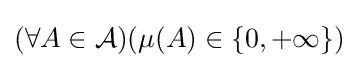
(\forall A\in {\cal {A}})(\mu (A)\in \{0,+\infty \})